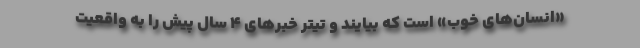
«انسان‌هاي خوب» است كه بيايند و تيتر خبرهاي 4 سال پيش را به واقعيت